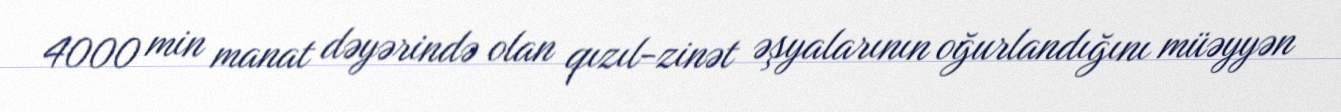
4000 min manat dəyərində olan qızıl-zinət əşyalarının oğurlandığını müəyyən